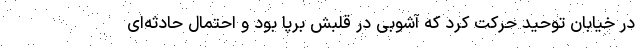
در خیابان توحید حرکت کرد که آشوبی در قلبش برپا بود و احتمال حادثه‌ای